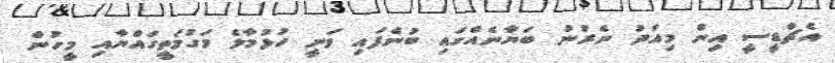
އެޗްޑީސީ އިން މިއަދު ނެރުނު ބަޔާނެއްގައި ބުނެފައި ވަނީ ހުޅުމާލެ މަގުމަތީގައްޔާއި މީހުން